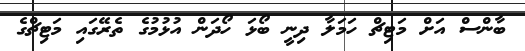
ބާންސް އަށް މަޓިޗް ހަމަލާ ދިނީ ބޯޅަ ހޯދަން އުޅުމުގެ ތެރޭގައި މަޓިޗްގެ